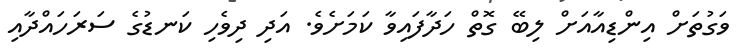
ވަގުތަށް އިންޑިއާއަށް ލިބޭ ގޮތް ހަދާފައިވާ ކަމަަށެވެ. އަދި ދިވެހި ކަނޑުގެ ސަރަހައްދާއި